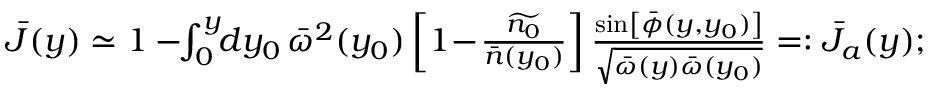
\begin{array} { r } { \bar { J } ( y ) \simeq 1 - \! \! \int _ { 0 } ^ { y } \! \! d y _ { 0 } \, { \bar { \omega } } ^ { 2 } ( y _ { 0 } ) \left[ 1 \! - \! \frac { \widetilde { n _ { 0 } } } { \bar { n } ( y _ { 0 } ) } \right] \frac { \sin \left[ \bar { \phi } ( y , y _ { 0 } ) \right] } { \sqrt { { \bar { \omega } } ( y ) { \bar { \omega } } ( y _ { 0 } ) } } = : \bar { J } _ { a } ( y ) ; } \end{array}